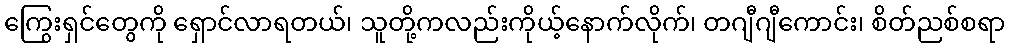
ကြွေးရှင်တွေကို ရှောင်လာရတယ်၊ သူတို့ကလည်းကိုယ့်နောက်လိုက်၊ တဂျီဂျီကောင်း၊ စိတ်ညစ်စရာ